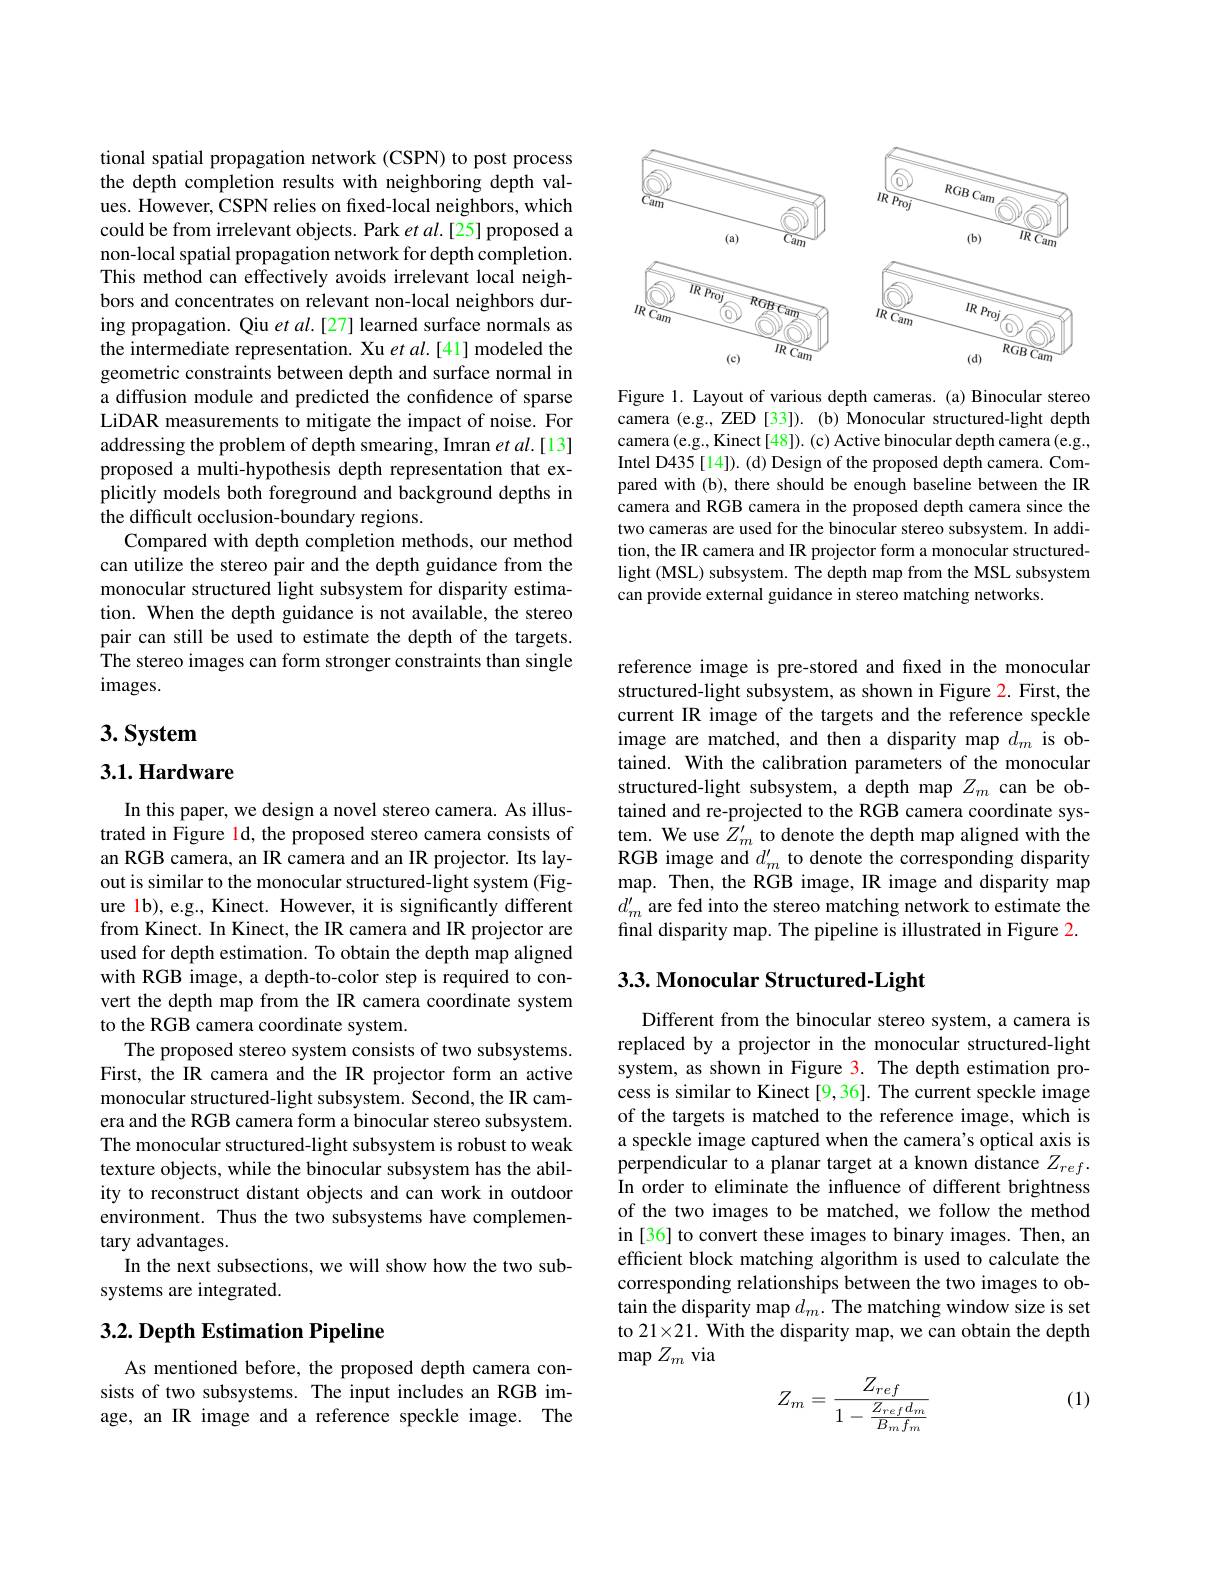
<FigureHere>

Figure 1. Layout of various depth cameras. (a) Binocular stereo camera (e.g., ZED[33]). (b) Monocular structured-light depth camera (e.g., Kinect[48]). (c) Active binocular depth camera (e.g., Intel D435[14]).(d) Design of the proposed depth camera. Compared with (b), there should be enough baseline between the IR camera and RGB camera in the proposed depth camera since the two cameras are used for the binocular stereo subsystem. In addition, the IR camera and IR projector form a monocular structuredlight (MSL) subsystem. The depth map from the MSL subsystem can provide external guidance in stereo matching networks.

tional spatial propagation network (CSPN) to post process the depth completion results with neighboring depth values. However, CSPN relies on fixed-local neighbors, which could be from irrelevant objects. Park $etal.[25]$ proposed a non-local spatial propagation network for depth completion. This method can effectively avoids irrelevant local neighbors and concentrates on relevant non-local neighbors during propagation. Qiu et $al.[27]$ learned surface normals as the intermediate representation. Xu $etal.[41]$ modeled the geometric constraints between depth and surface normal in a diffusion module and predicted the confidence of sparse LiDAR measurements to mitigate the impact of noise. For addressing the problem of depth smearing, Imran $et\textit{al. [ 13] }$ proposed a multi-hypothesis depth representation that explicitly models both foreground and background depths in the difficult occlusion-boundary regions.
Compared with depth completion methods, our method can utilize the stereo pair and the depth guidance from the monocular structured light subsystem for disparity estimation. When the depth guidance is not available, the stereo pair can still be used to estimate the depth of the targets. The stereo images can form stronger constraints than single $images.$

# 3. System

## 3.1.Hardware

In this paper, we design a novel stereo camera. As illustrated in Figure ld, the proposed stereo camera consists of an RGB camera, an IR camera and an IR projector. Its layout is similar to the monocular structured-light system (Figure lb), e.g., Kinect. However, it is significantly different from Kinect. In Kinect, the IR camera and IR projector are used for depth estimation. To obtain the depth map aligned with RGB image, a depth-to-color step is required to convert the depth map from the IR camera coordinate system to the RGB camera coordinate system.
The proposed stereo system consists of two subsystems. First, the IR camera and the IR projector form an active monocular structured-light subsystem. Second, the IR camera and the RGB camera form a binocular stereo subsystem. The monocular structured-light subsystem is robust to weak texture objects, while the binocular subsystem has the ability to reconstruct distant objects and can work in outdoor environment. Thus the two subsystems have complementary advantages.
In the next subsections, we will show how the two sub-
systems are integrated.

## 3.2. Depth Estimation Pipeline

As mentioned before, the proposed depth camera consists of two subsystems. The input includes an RGB image, an IR image and a reference speckle image. The

reference image is pre-stored and fixed in the monocular structured-light subsystem, as shown in Figure 2. First, the current IR image of the targets and the reference speckle image are matched, and then a disparity map $d_m$ is obtained. With the calibration parameters of the monocular structured-light subsystem, a depth map $Z_m$ can be obtained and re-projected to the RGB camera coordinate system. We use $Z_m^{\prime}$ to denote the depth map aligned with the RGB image and $d_m^{\prime}$ to denote the corresponding disparity map. Then, the RGB image, IR image and disparity map $d_{m}^{\prime}$ are fed into the stereo matching network to estimate the final disparity map. The pipeline is illustrated in Figure 2

## 3.3. Monocular Structured-Light

Different from the binocular stereo system, a camera is replaced by a projector in the monocular structured-light system, as shown in Figure 3. The depth estimation process is similar to Kinect [9,36]. The current speckle image of the targets is matched to the reference image, which is a speckle image captured when the camera's optical axis is perpendicular to a planar target at a known distance $Z_{ref}.$ In order to eliminate the influence of different brightness of the two images to be matched, we follow the method in [36] to convert these images to binary images. Then, an efficient block matching algorithm is used to calculate the corresponding relationships between the two images to obtain the disparity map $d_m.$ The matching window size is set to 21×21. With the disparity map, we can obtain the depth $\operatorname*{map}Z_m$ via
$$Z_m=\frac{Z_{ref}}{1-\frac{Z_{ref}d_m}{B_mf_m}}$$
(1)